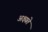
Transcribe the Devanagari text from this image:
अक्ष्यते